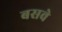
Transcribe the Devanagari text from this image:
बसवे